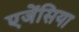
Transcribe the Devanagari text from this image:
एजेंसिया